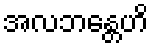
အလဘန္တေဟိ